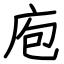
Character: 庖